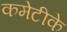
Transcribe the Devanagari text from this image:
कमेटीके